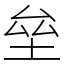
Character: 垒